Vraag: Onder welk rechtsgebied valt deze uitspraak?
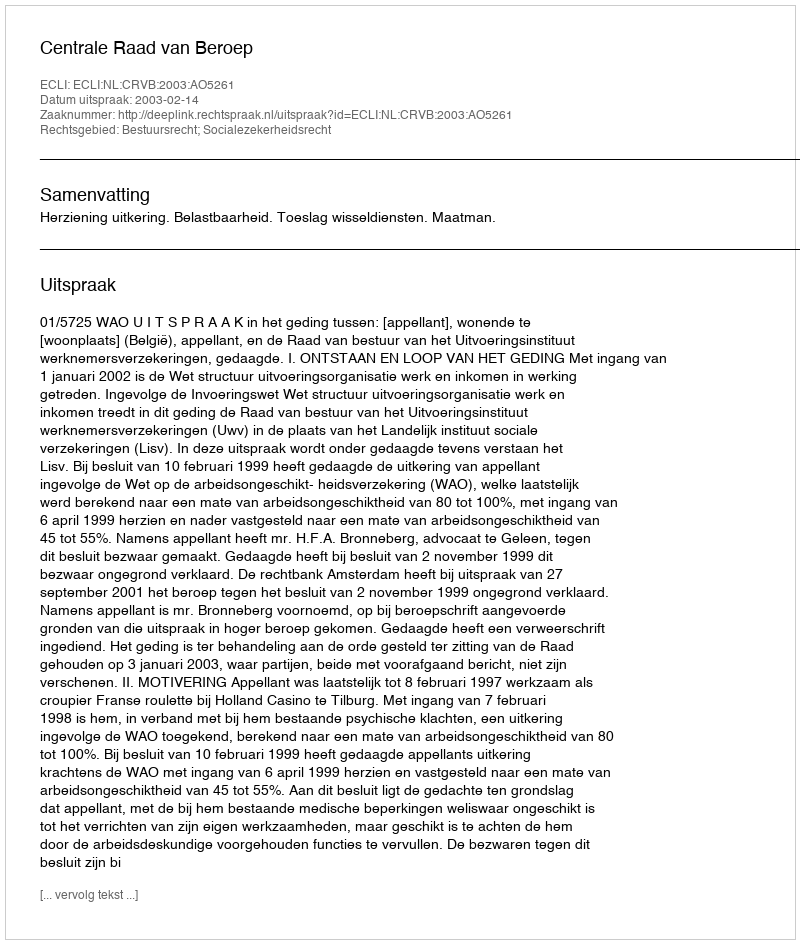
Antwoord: Bestuursrecht; Socialezekerheidsrecht